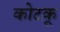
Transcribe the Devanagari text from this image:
कोटकू